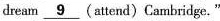
dream \underline{9} (attend)Cambridge."